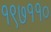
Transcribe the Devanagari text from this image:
१९७११०